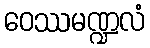
ဝေဿမဏ္ဍလံ